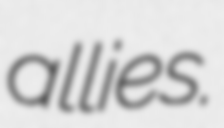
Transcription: allies.